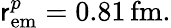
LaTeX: \mathsf{r}_{\mathrm{{em}}}^{p}=0.81\, \mathrm{{fm}}.